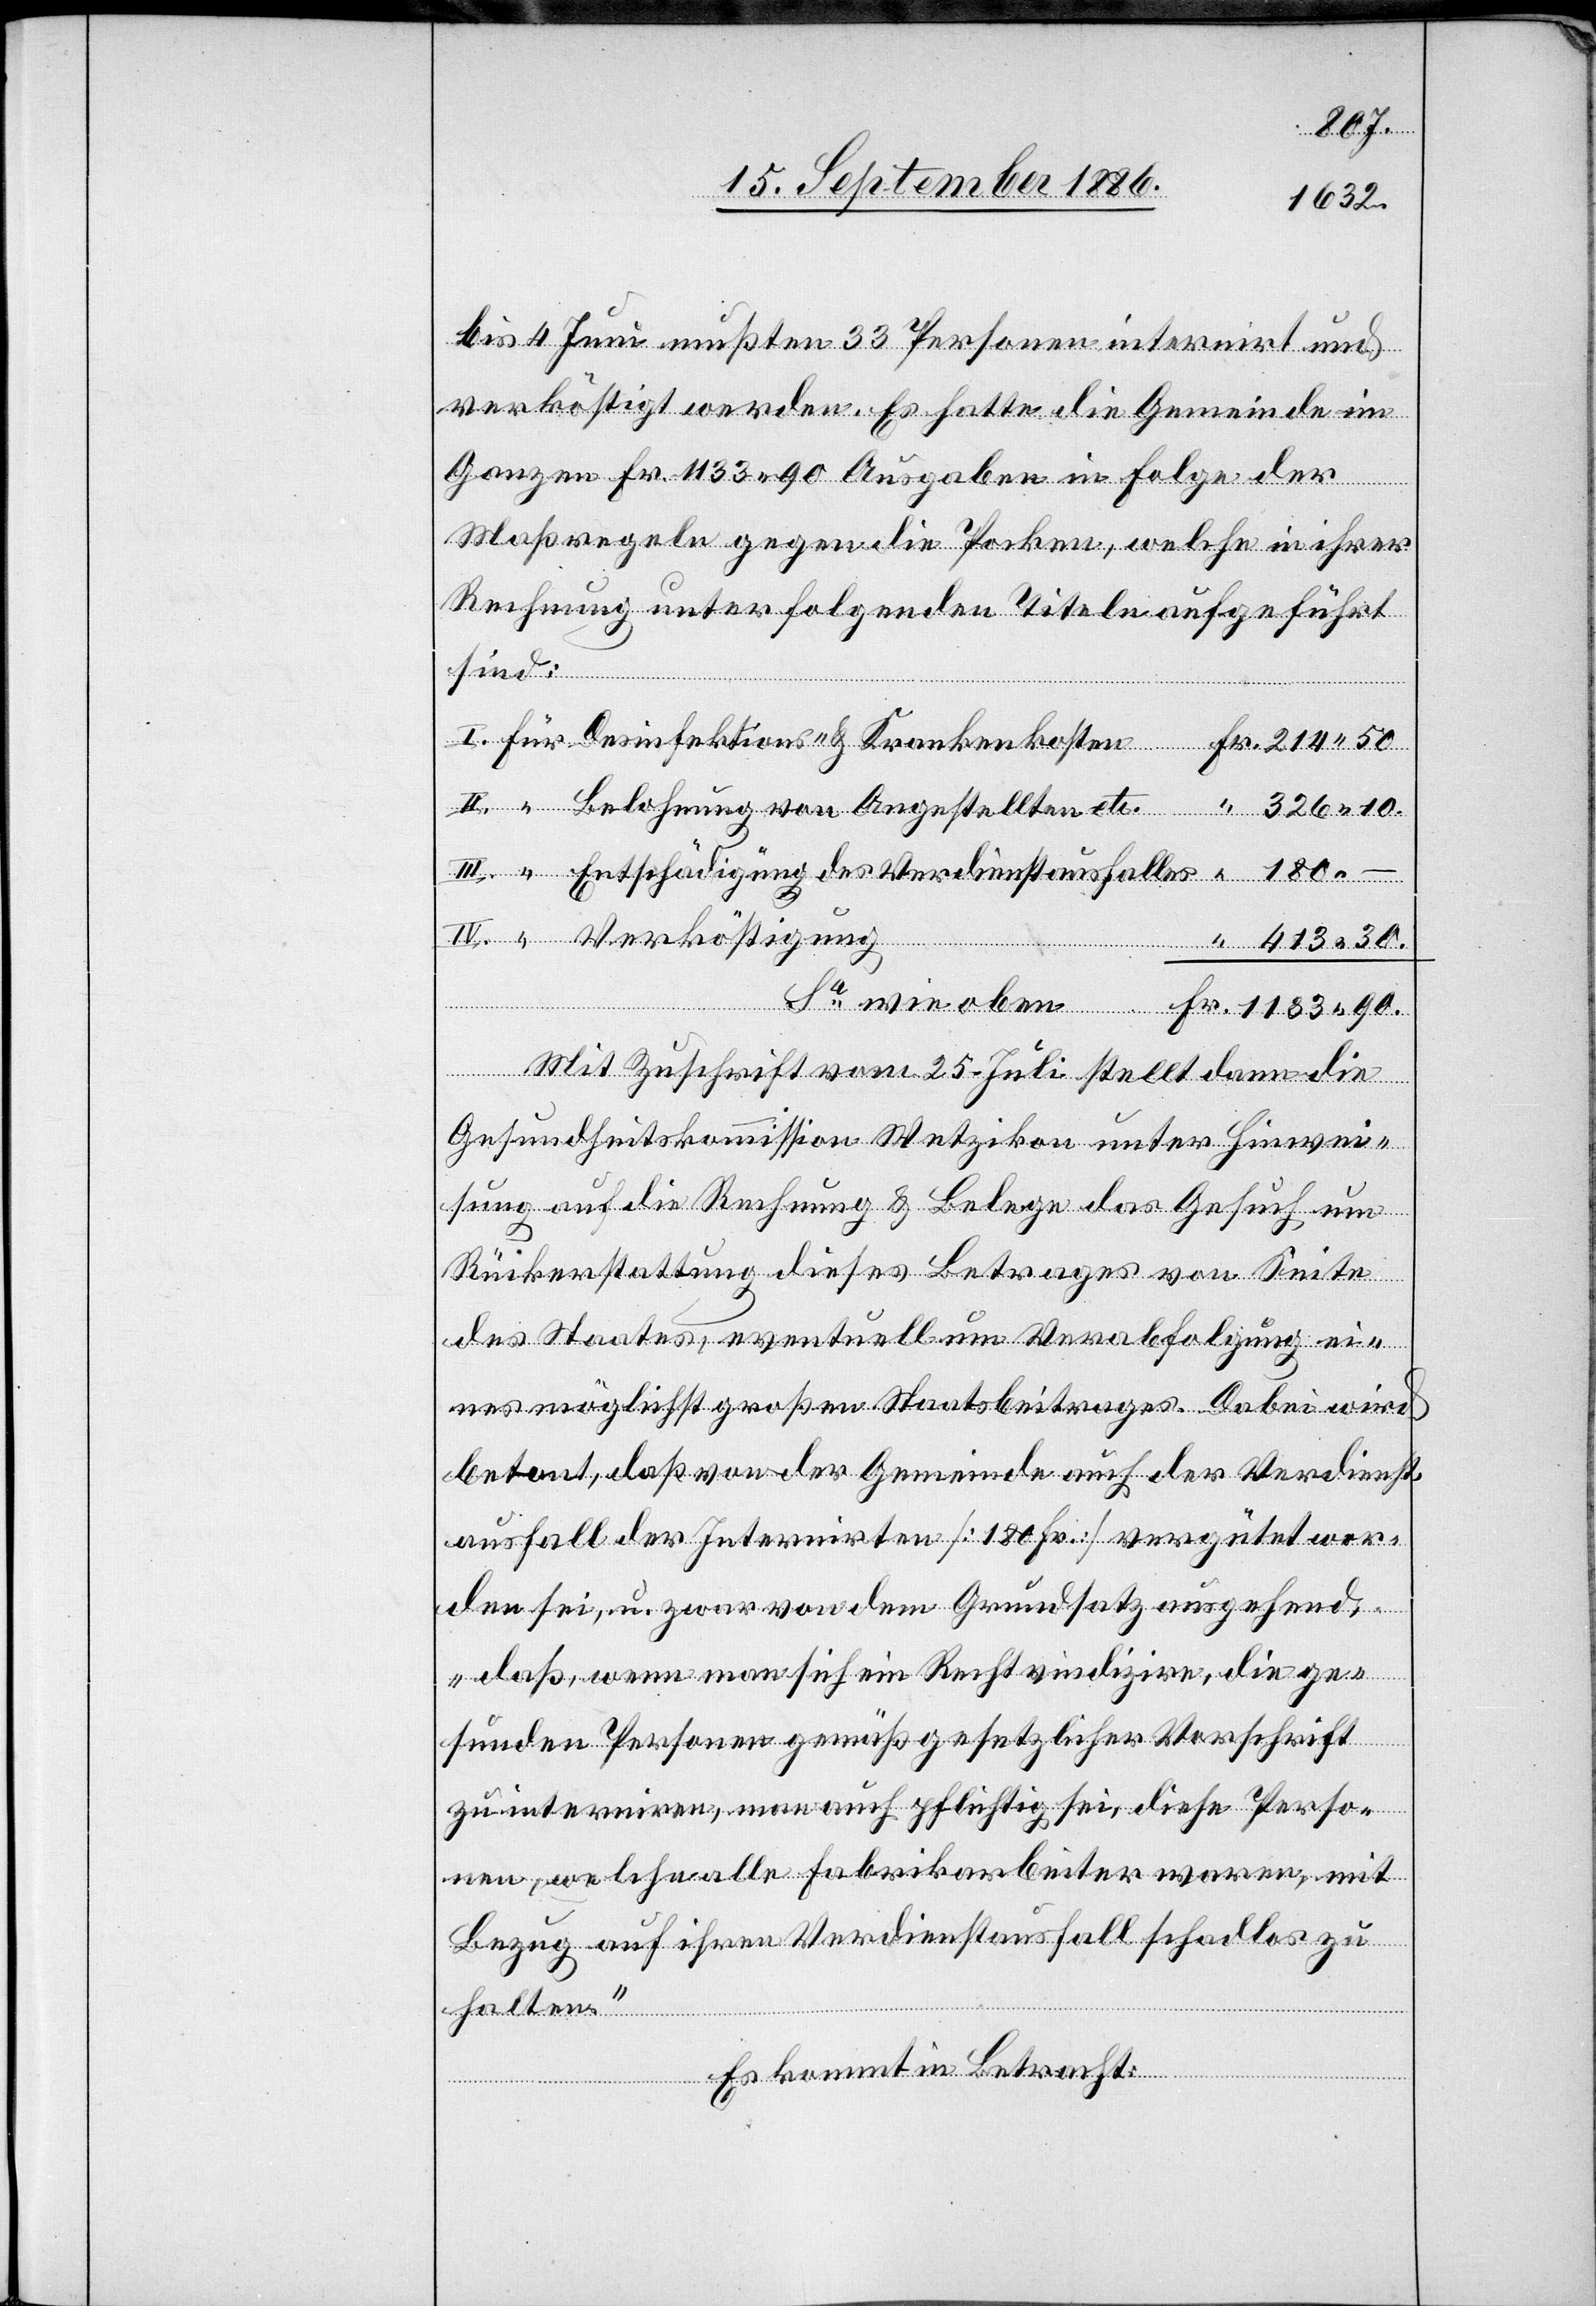
413 30.
bis 4 Juni mußten 33 Personen internirt und
verköstigt werden. Es hatte die Gemeinde im
Ganzen Fr. 1133 90 Ausgaben in Folge der
Maßregeln gegen die Pocken, welche in ihrer
Rechnung unter folgenden Titeln aufgeführt
sind:
Entschädigung des Verdienstausfalles
Pers¬
gemäß
Mit Zuschrift vom 25. Juli stellt dann die
Gesundheitskommission Wetzikon unter Hinwei¬
sung auf die Rechnung & Belege das Gesuch um
Rückerstattung dieses Betrages von Seite
des Staates, eventuell um Verabfolgung ei¬
nes möglichst großen Staatsbeitrages. Dabei wird
betont, daß von der Gemeinde auch der Verdienst¬
ausfall der Internirten [180 Fr.] vergütet wor¬
den sei, u. zwar von dem Grundsatze ausgehend,
„daß, wenn man sich ein Recht vindizire, die ges¬
zu interniren, man auch pflichtig sei, diese Perso¬
nen, welche alle Fabrikarbeiter waren, mit
Bezug auf ihren Verdienstausfall schadlos zu
halten.“
Es kommt in Betracht: